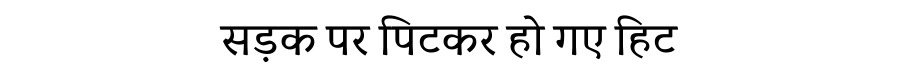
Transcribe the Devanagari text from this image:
सड़क पर पिटकर हो गए हिट